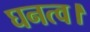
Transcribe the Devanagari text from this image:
घनत्व।